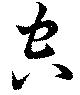
空